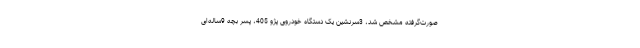
صورت‌گرفته مشخص شد، 3سرنشین یک دستگاه خودروی پژو 405، پسر بچه 9ساله‌ای